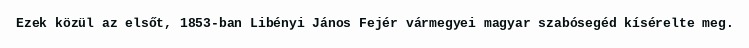
Ezek közül az elsőt, 1853-ban Libényi János Fejér vármegyei magyar szabósegéd kísérelte meg.